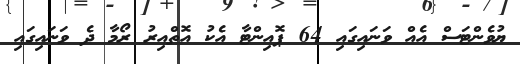
ޔުވެންޓަސް އެއް ވަނައިގައި 64 ޕޮއިންޓާ އެކު އޮތްއިރު ރޯމާ ދެ ވަނައިގައި